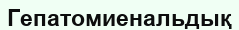
Гепатомиенальдық